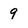
Character: 9